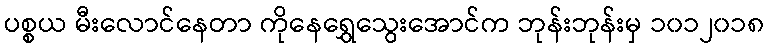
ပစ္စယ မီးလောင်နေတာ ကိုနေရွှေသွေးအောင်က ဘုန်းဘုန်းမှ ၁၀၁၂၀၁၈